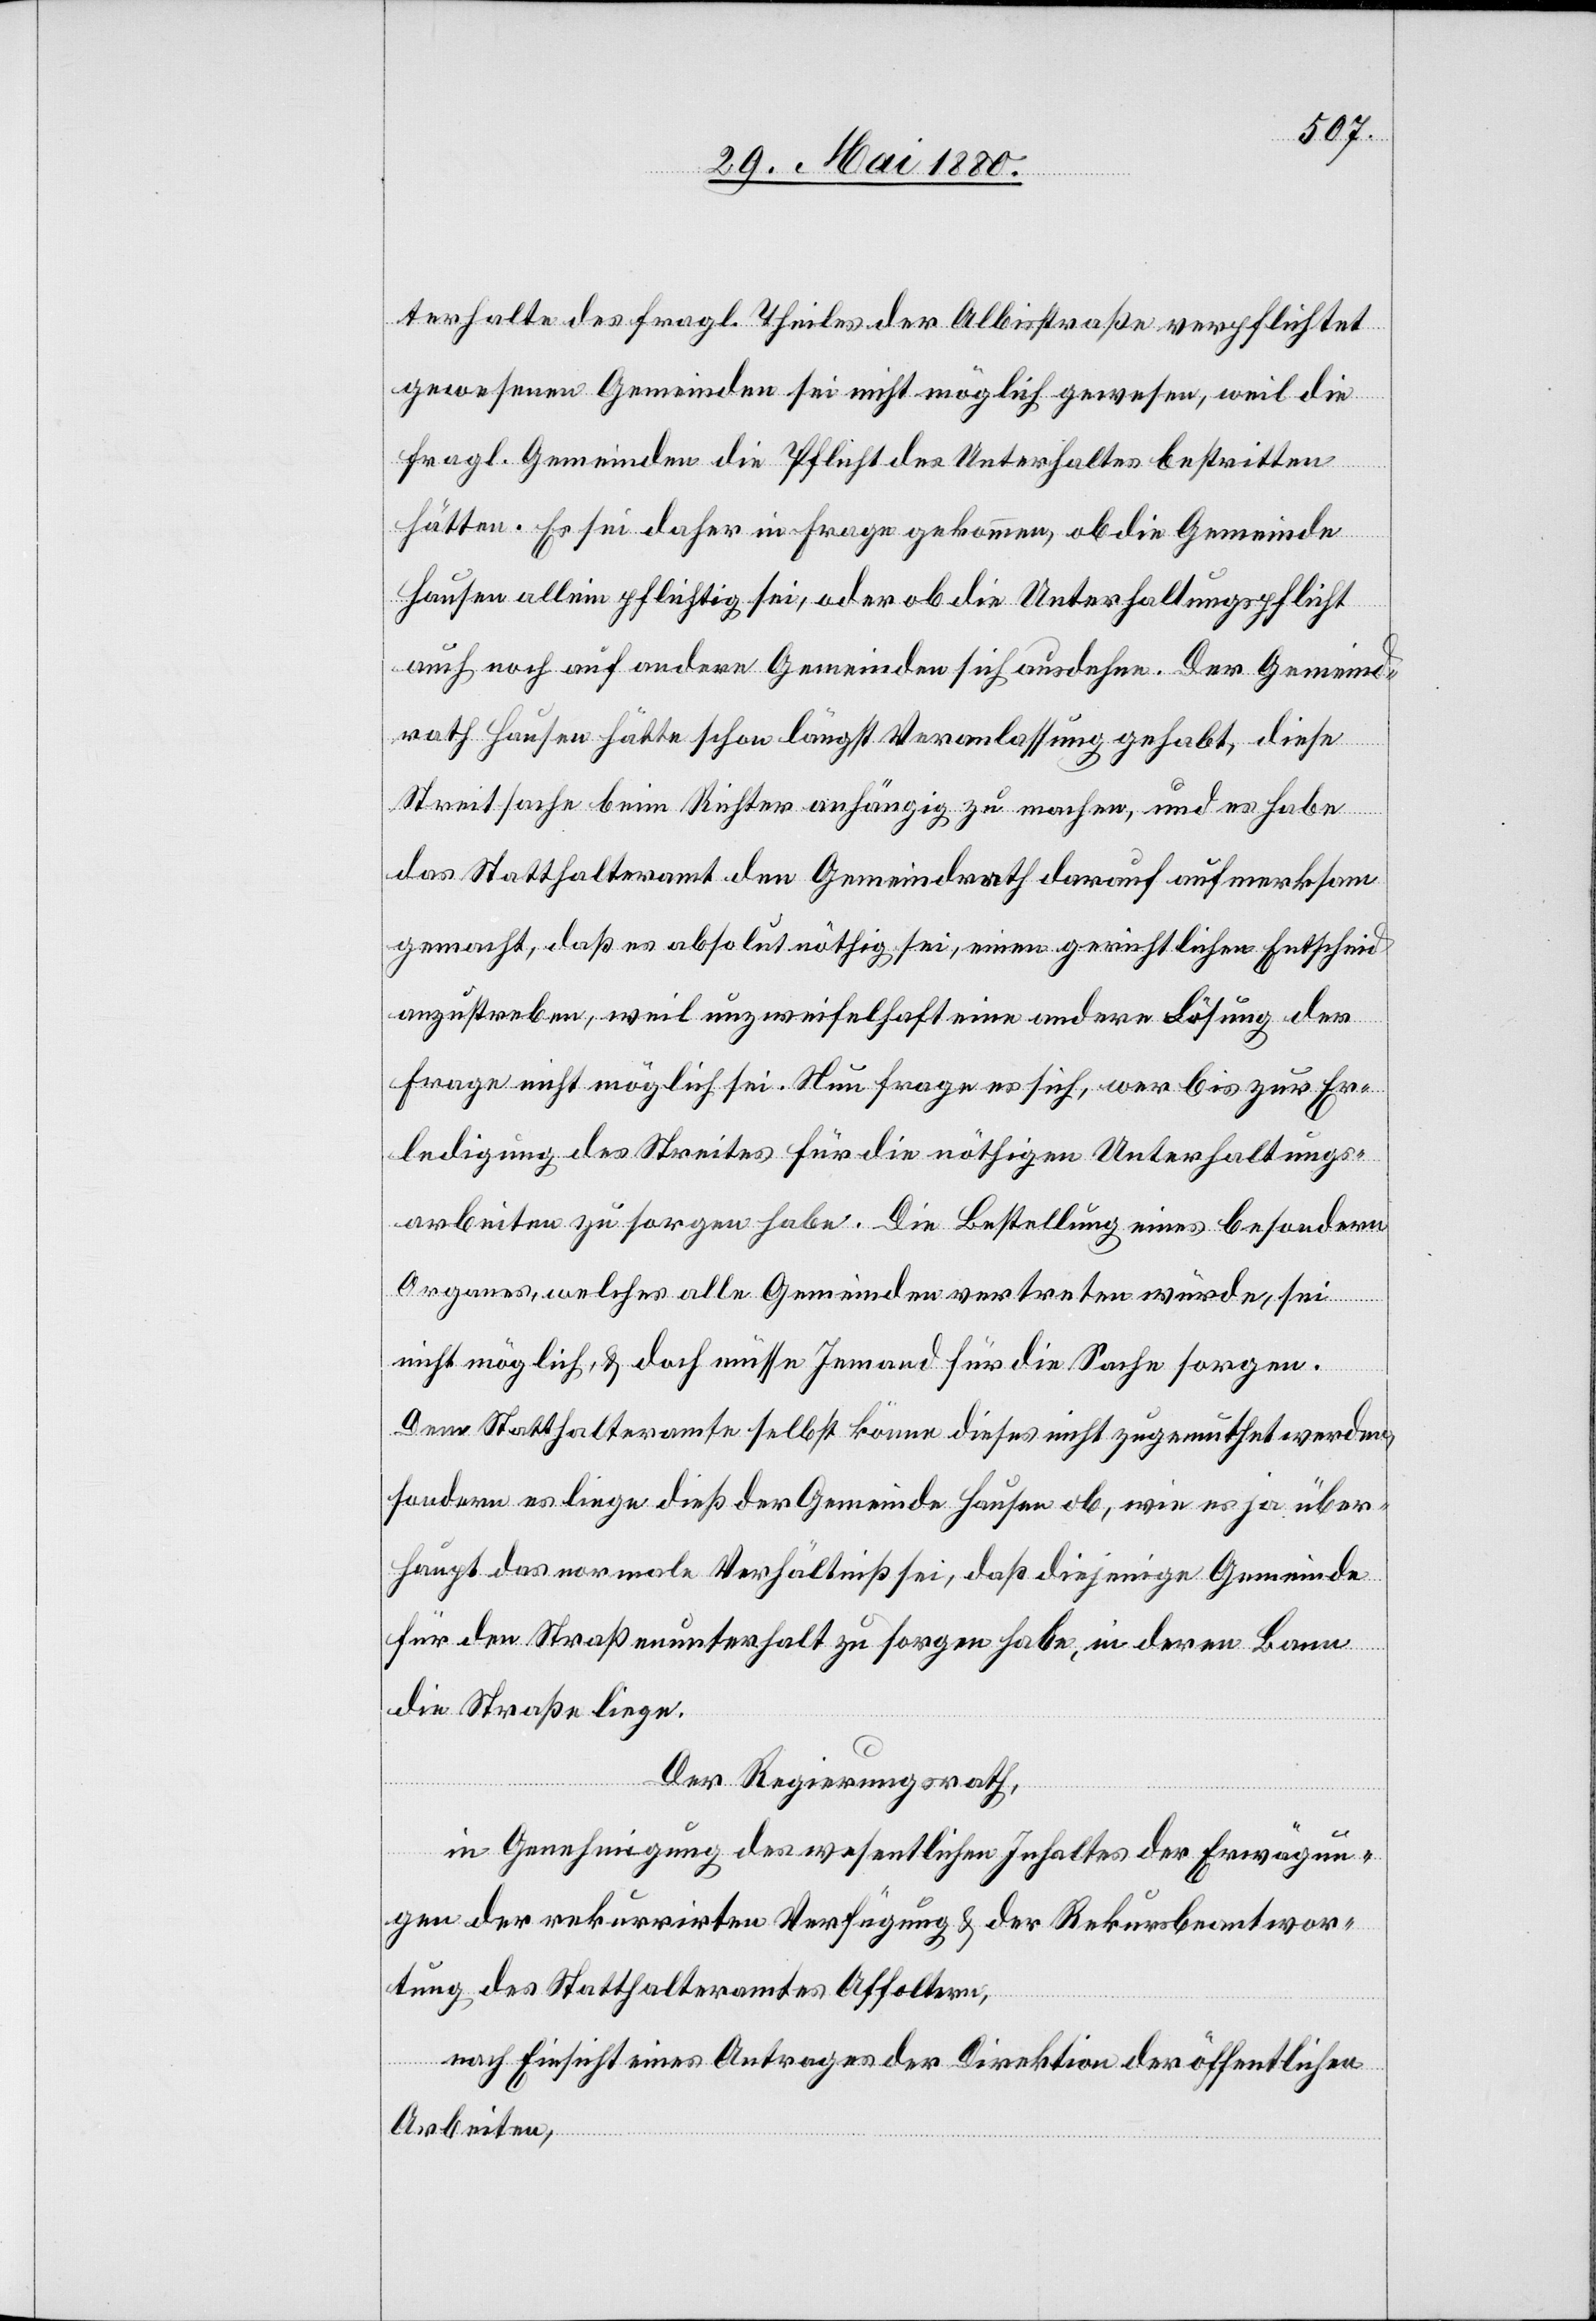
terhalte des fragl. Theiles der Albisstraße verpflichtet
gewesenen Gemeinden sei nicht möglich gewesen, weil die
fragl. Gemeinden die Pflicht des Unterhaltes bestritten
hätten. Es sei daher in Frage gekommen, ob die Gemeinde
Hausen allein pflichtig sei, oder ob die Unterhaltungspflicht
auch noch auf andere Gemeinden sich ausdehne. Der Gemeind¬
rath Hausen hätte schon längst Veranlassung gehabt, diese
Streitsache beim Richter anhängig zu machen, und es habe
das Statthalteramt den Gemeindrath darauf aufmerksam
gemacht, daß es absolut nöthig sei, einen gerichtlichen Entscheid
anzustreben, weil unzweifelhaft eine andere Lösung der
Frage nicht möglich sei. Nun frage es sich, wer bis zur Er¬
ledigung des Streites für die nöthigen Unterhaltungs¬
arbeiten zu sorgen habe. Die Bestellung eines besondern
Organes, welches alle Gemeinden vertreten würde, sei
nicht möglich, & doch müsse Jemand für die Sache sorgen.
Dem Statthalteramte selbst könne dieses nicht zugemuthet werden,
sondern es liege dieß der Gemeinde Hausen ob, wie es ja über¬
haupt das normale Verhältniß sei, daß diejenige Gemeinde
für den Straßenunterhalt zu sorgen habe, in deren Bann
die Straße liege.
Der Regierungsrath,
in Genehmigung des wesentlichen Inhaltes der Erwägun¬
gen der rekurrirten Verfügung & der Rekursbeantwor¬
tung des Statthalteramtes Affoltern,
nach Einsicht eines Antrages der Direktion der öffentlichen
Arbeiten;